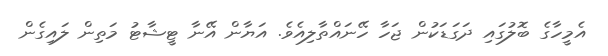
އެމީހާގެ ބޮލުގައި ދަގަޑަކުން ޖަހާ ހޭނައްތާލިއެވެ. އަޔާން އޭނާ ޓީޝާޓު މަތިން ލައިގެން